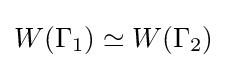
W(\Gamma _{1})\simeq {W(\Gamma _{2})}